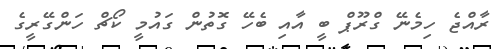
ރާއްޖެ ހިމެނޭ ގްރޫޕް ބީ އާއި ބެހޭ ގޮތުން ގައުމީ ކޯޗް ހަންގޭރީގެ